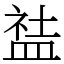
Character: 䀅